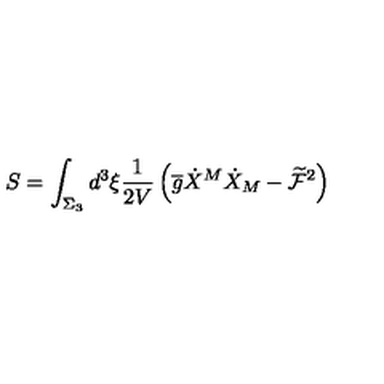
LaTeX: S = \int _ { \Sigma _ { 3 } } d ^ { 3 } \xi \frac { 1 } { 2 V } \left( \overline { { g } } \dot { X } ^ { M } \dot { X } _ { M } - \widetilde { \mathcal { F } } ^ { 2 } \right)